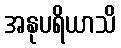
အနုပရိယာသိ